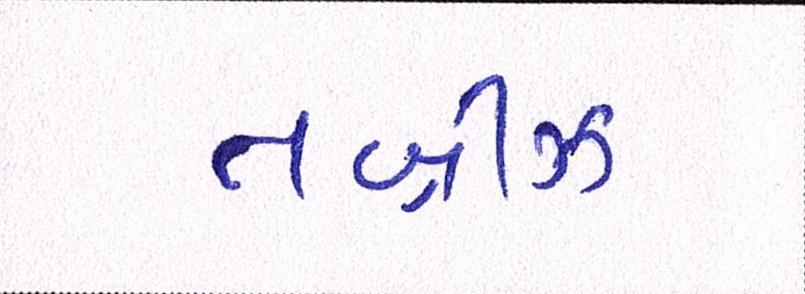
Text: તબ્રીઝ